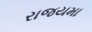
રાજયમા